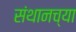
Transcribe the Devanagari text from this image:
संथानच्या